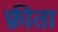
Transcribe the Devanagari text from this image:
फ़ीता